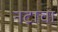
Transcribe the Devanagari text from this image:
नटाचा